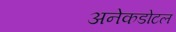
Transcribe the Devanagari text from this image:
अनेकडोटल